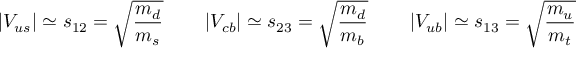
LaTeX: \left| V _ { u s } \right| \simeq s _ { 1 2 } = \sqrt { \frac { m _ { d } } { m _ { s } } } \qquad \left| V _ { c b } \right| \simeq s _ { 2 3 } = \sqrt { \frac { m _ { d } } { m _ { b } } } \qquad \left| V _ { u b } \right| \simeq s _ { 1 3 } = \sqrt { \frac { m _ { u } } { m _ { t } } }